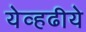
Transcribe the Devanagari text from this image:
येव्हढीये